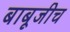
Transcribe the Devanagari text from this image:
बाबूजीच